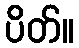
ပိတ်။